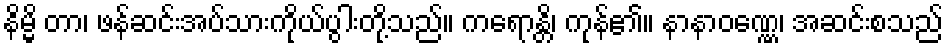
နိမ္မိ တာ၊ ဖန်ဆင်းအပ်သားကိုယ်ပွါးတို့သည်။ ကရောန္တိ၊ ကုန်၏။ နာနာဝဏ္ဏေ၊ အဆင်းစသည်